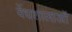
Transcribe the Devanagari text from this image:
वेंधशालाओं